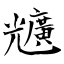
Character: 兤